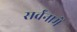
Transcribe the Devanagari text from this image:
सर्वंनामें